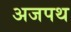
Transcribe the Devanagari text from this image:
अजपथ